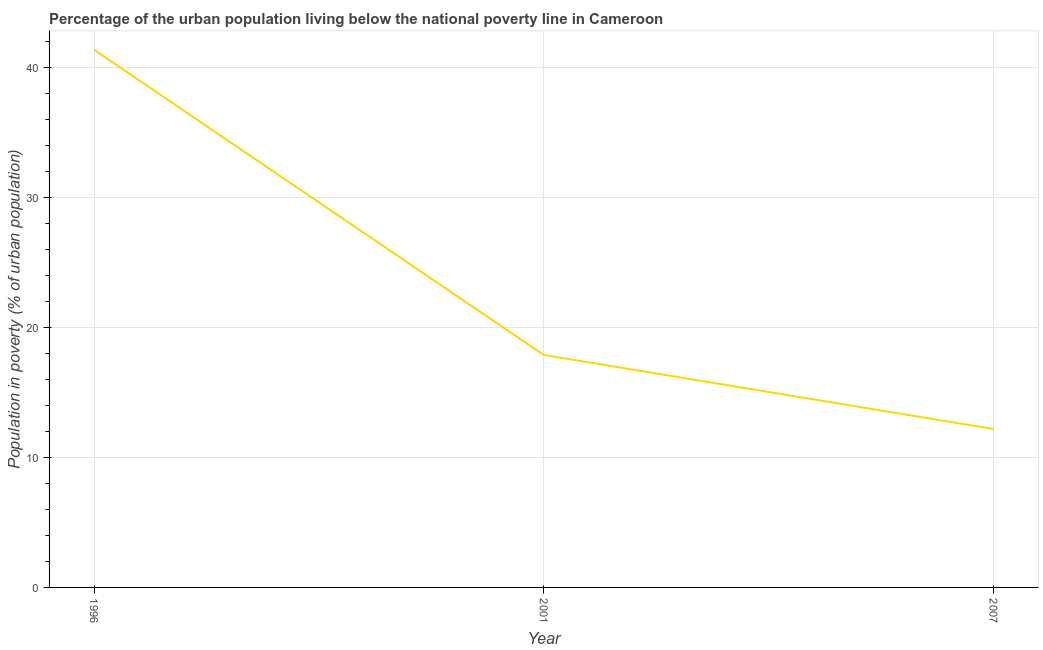
| Year | Urban poverty headcount ratio |
 | --- | --- |
 | 1996 | 41.4 |
 | 2001 | 17.9 |
 | 2007 | 12.2 |